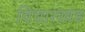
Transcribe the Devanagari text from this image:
विचारखंड